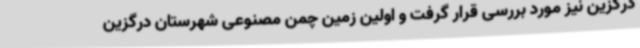
درگزین نیز مورد بررسی قرار گرفت و اولین زمین چمن مصنوعی شهرستان درگزین